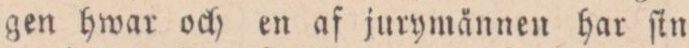
gen hwar och en af jurymännen har ſin